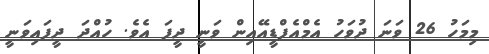
މިމަހު 26 ވަނަ ދުވަހު އެމްއެފްޑީއޭއިން ވަނީ ދީފަ އެވެ. ހުއްދަ ދީފައިވަނީ